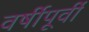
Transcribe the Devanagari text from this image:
वर्षीपूर्वी